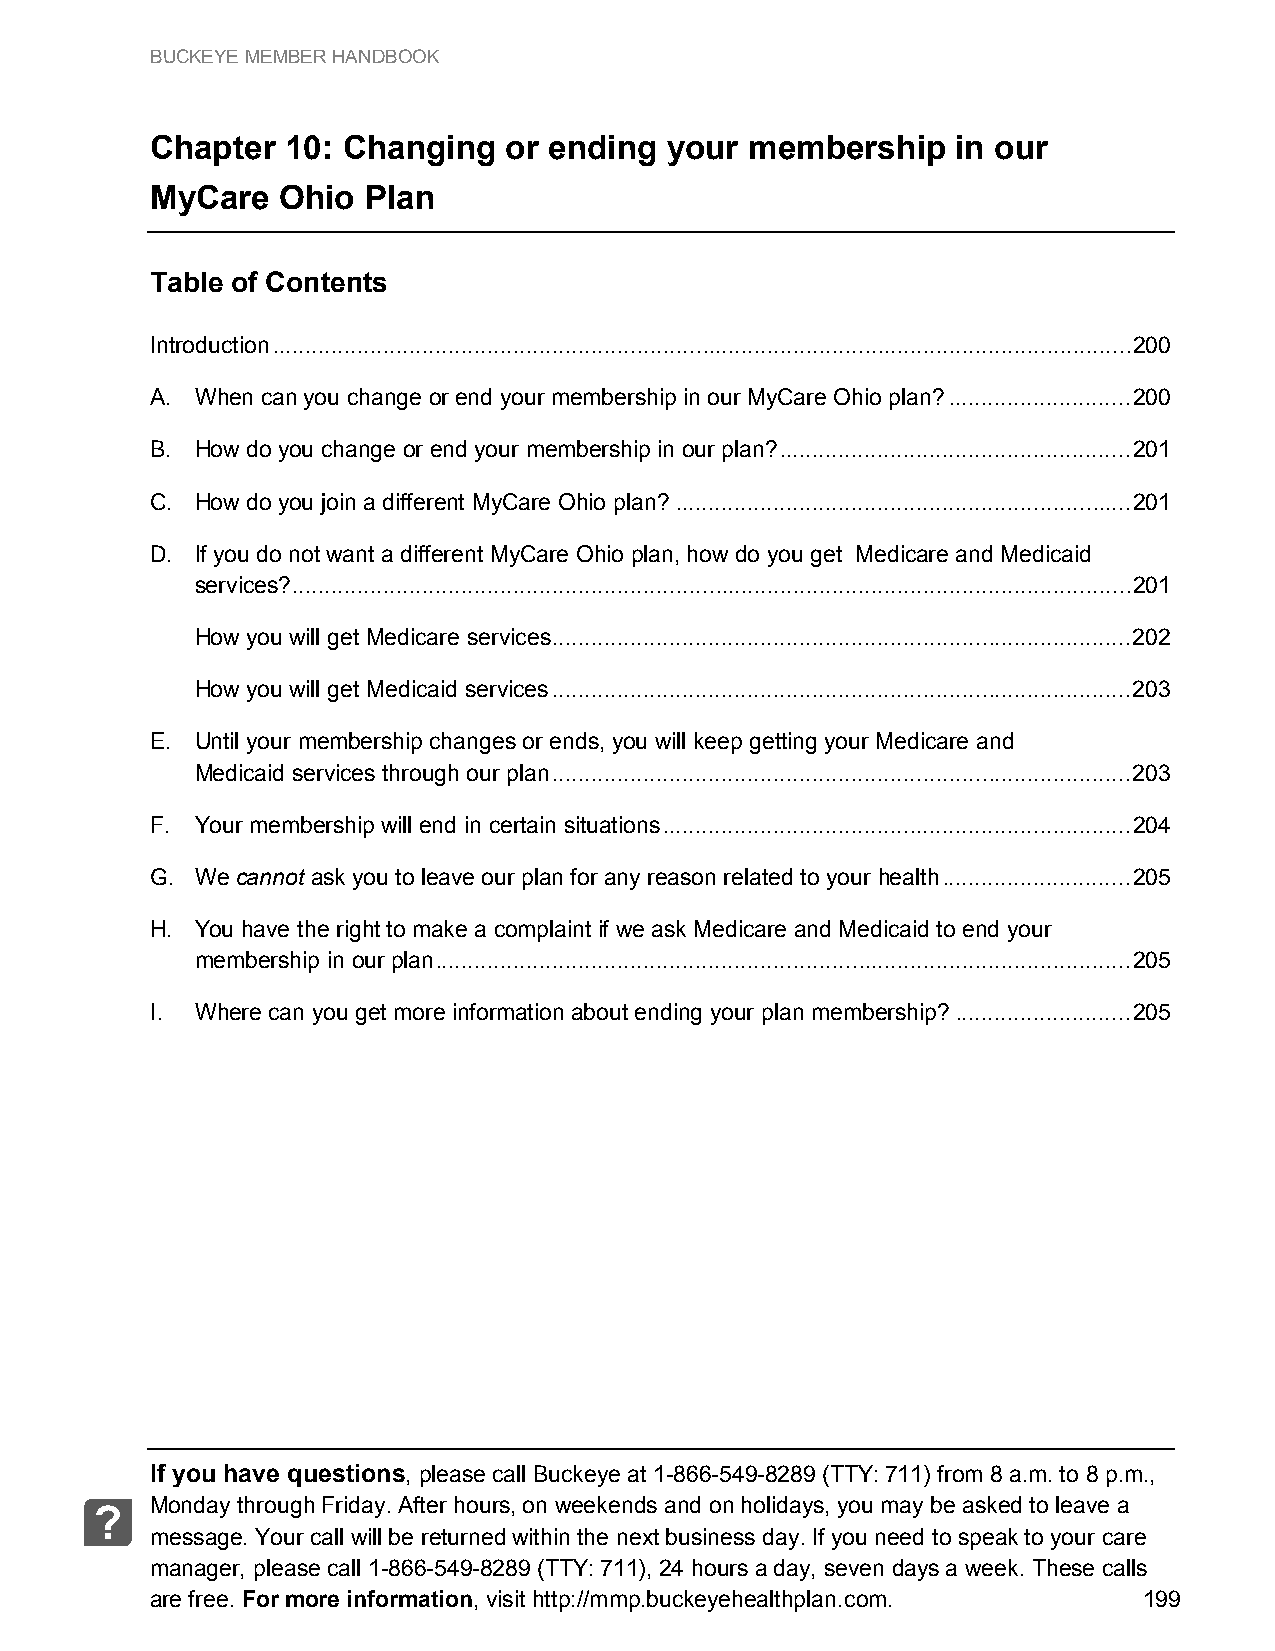
BUCKEYE MEMBER HANDBOOK
 Chapter  10: Changing  or ending  your  membership   in our
 MyCare   Ohio Plan
 Table of Contents
 Introduction .................................................................................................................................... 200
 A. When can you change or end your membership in our MyCare Ohio plan? ............................ 200
 B. How do you change or end your membership in our plan? ...................................................... 201
 C. How do you join a different MyCare Ohio plan? ...................................................................... 201
 D. If you do not want a different MyCare Ohio plan, how do you get Medicare and Medicaid
 services? ................................................................................................................................. 201
 How you will get Medicare services ......................................................................................... 202
 How you will get Medicaid services ......................................................................................... 203
 E. Until your membership changes or ends, you will keep getting your Medicare and
 Medicaid services through our plan ......................................................................................... 203
 F. Your membership will end in certain situations ........................................................................ 204
 G. We cannot ask you to leave our plan for any reason related to your health ............................. 205
 H. You have the right to make a complaint if we ask Medicare and Medicaid to end your
 membership in our plan ........................................................................................................... 205
 I. Where can you get more information about ending your plan membership? ........................... 205
 If you have questions, please call Buckeye at 1-866-549-8289 (TTY: 711) from 8 a.m. to 8 p.m.,
 Monday through Friday. After hours, on weekends and on holidays, you may be asked to leave a
 ?
 message. Your call will be returned within the next business day. If you need to speak to your care
 manager, please call 1-866-549-8289 (TTY: 711), 24 hours a day, seven days a week. These calls
 are free. For more information, visit http://mmp.buckeyehealthplan.com. 199